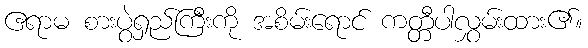
ဧရာမ စားပွဲရှည်ကြီးကို အစိမ်းရောင် ကတ္တီပါလွှမ်းထား၏။